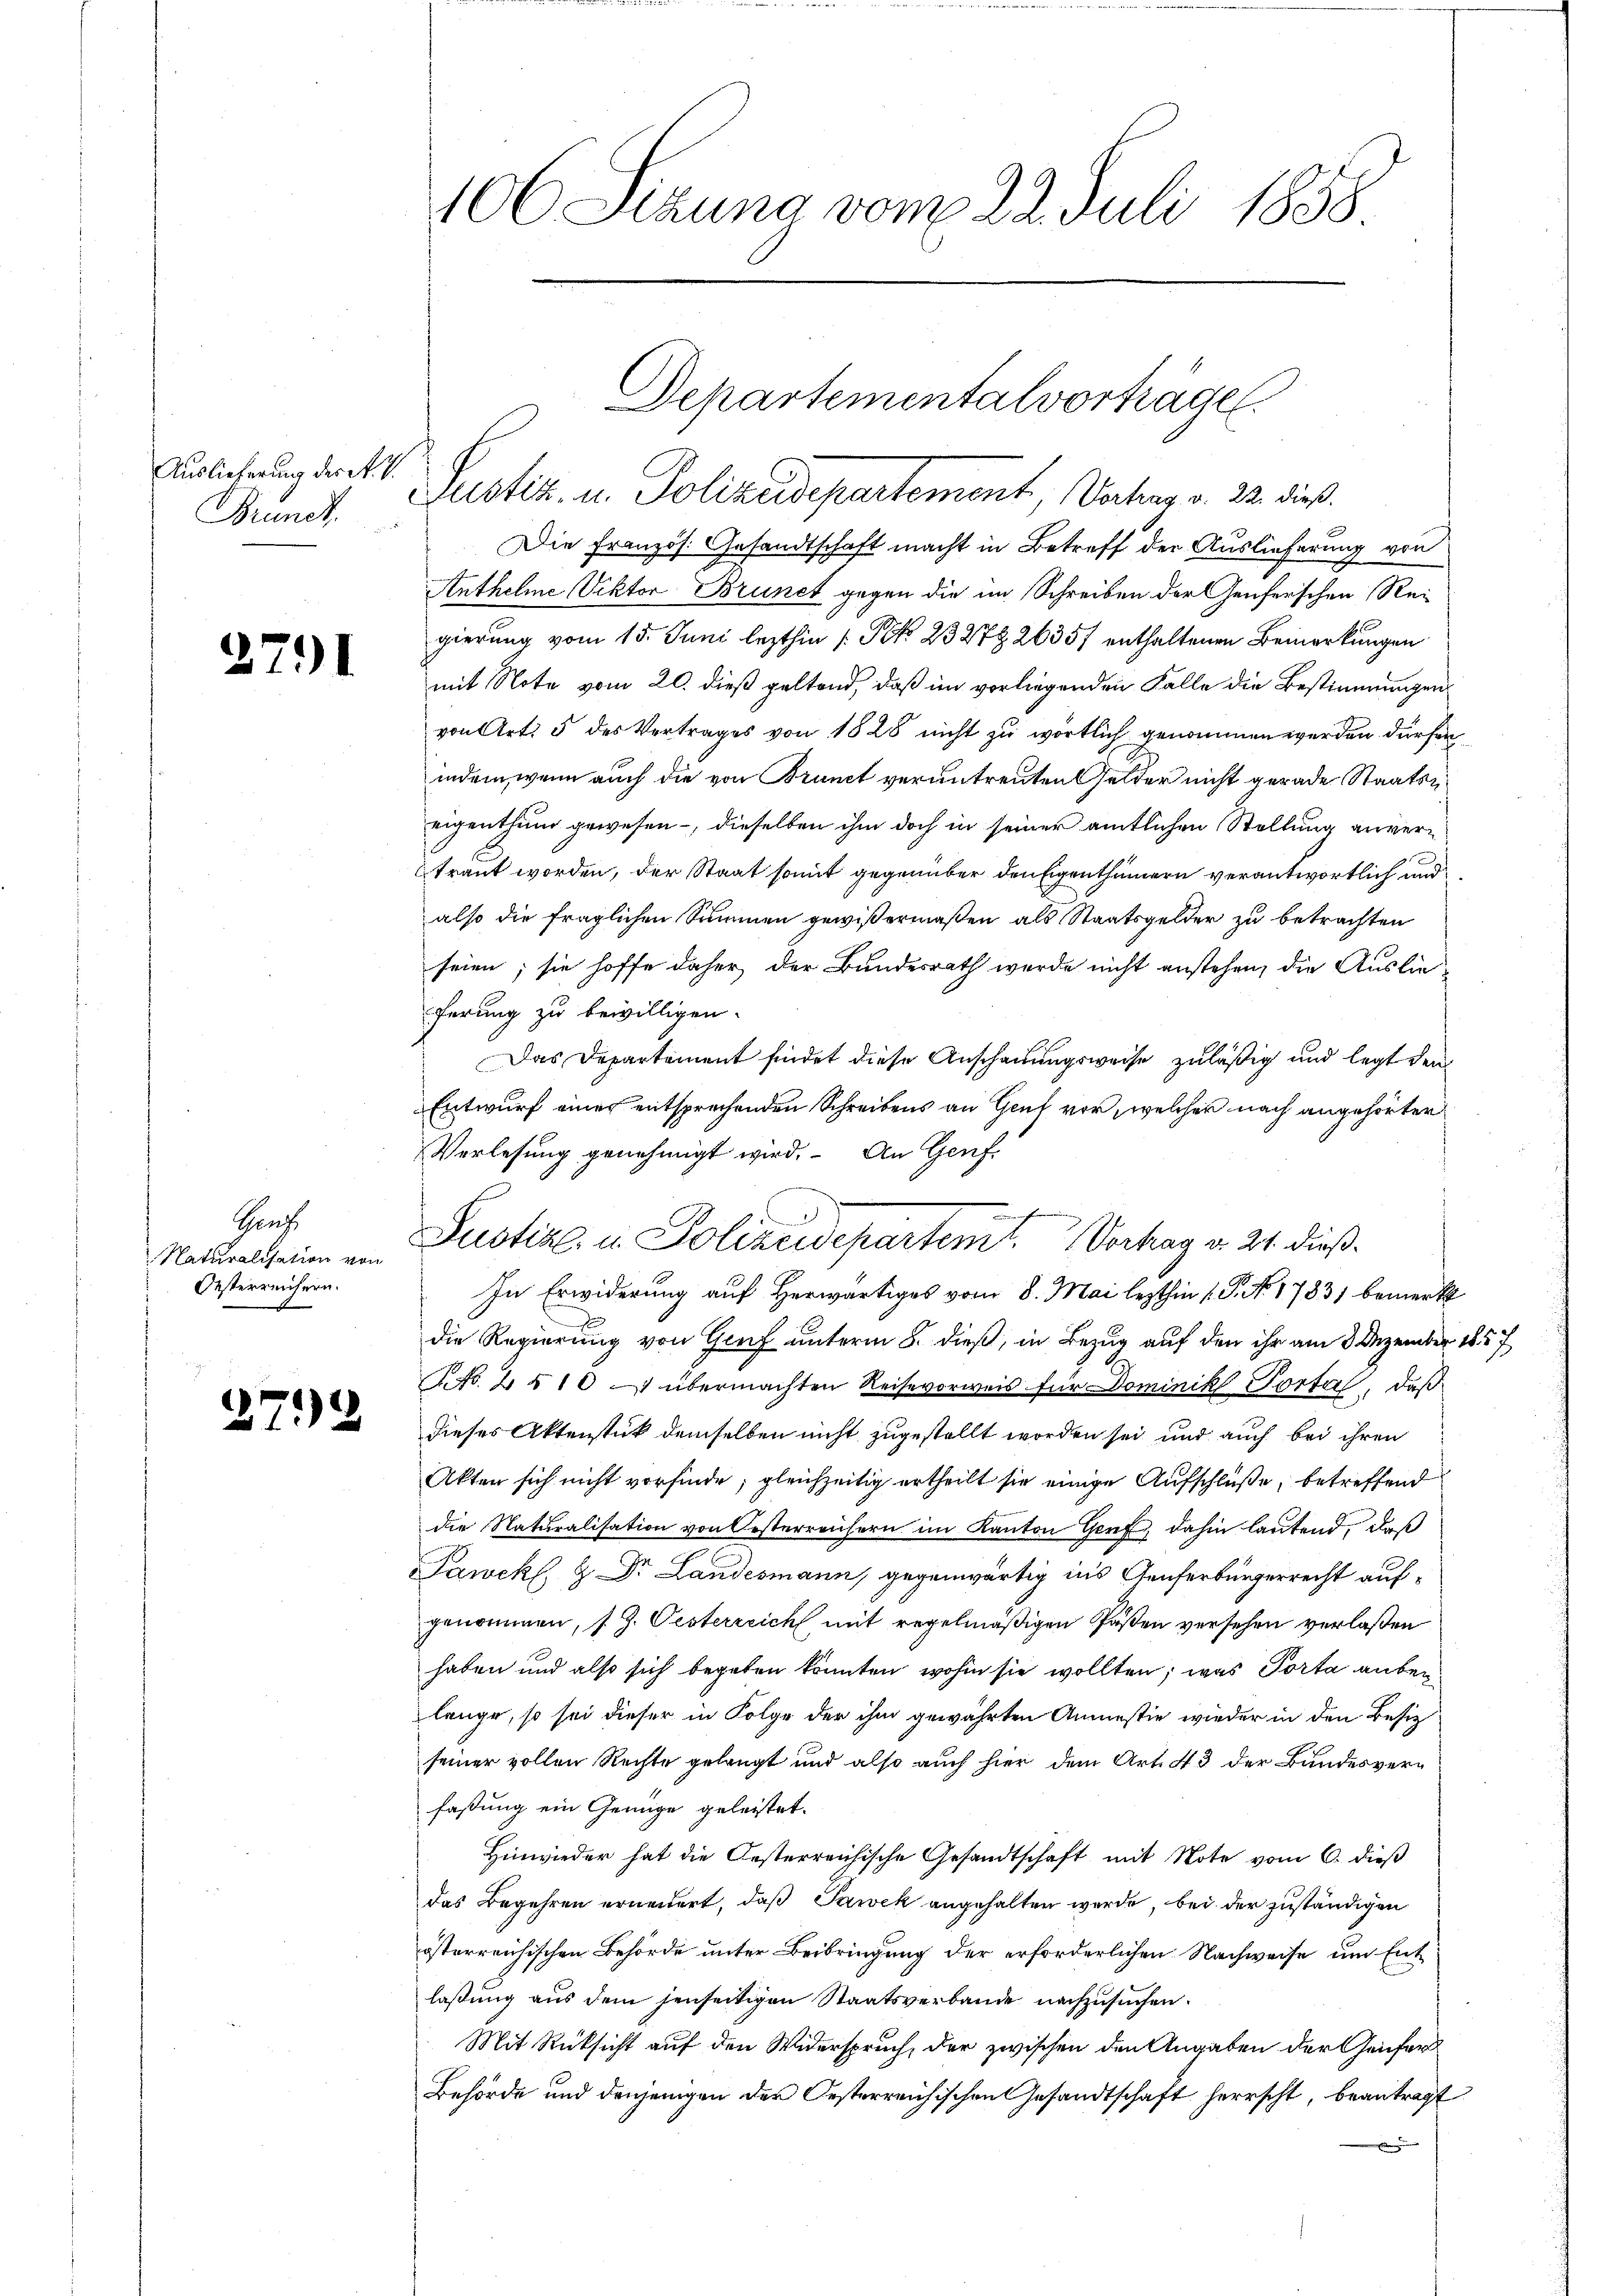
Auslieferung des R. V.
Grundt,

2791

Gruf
Naturalisation von
Oesterreichern.

.

72

106 Sizung vom 22. Juli 1858

Justiz, u. Polizeidepartement, Vater v. 12. dies
Die Französ. Gesandtschaft macht in Betreff der Auslieferung von
Anthelme Viktor Brunct gegen die im Schreiben der Genferschen Rei
gierung vom 15. Juni lezthin /: No 23278 26357 enthaltenen Bemerkungen
mit Note vom 20. dieß geltend, daß im vorliegenden Falle die Bestimmungen
von Art. 5 des Vertrages von 1828 nicht zu wörtlich genommen werden dürfen
indem, wenn auch die von Brunct verantreuten Gelder nicht gerade Staatseigenthum gewesen -, dieselben ihm doch in seiner amtlichen Stellung anvertraut worden, der Staat somit gegenüber den Eigenthümern verantwortlich und
also die fraglichen Summen gewißermaßen als Staatsgelder zu betrachten
seien; sie hoffe daher der Bundesrath wurde nicht anstehen, die Auslieferung zu bewilligen.
Das Departement findet diese Anschauungsweise zuläßig und legt den
Entwurf eines entsprechenden Schreibens an Genf vor, welcher nach angehörter
Verlesung genehmigt wird. An Genf.
Justiz- u. Polizeidepartem Vorhag v. 24. dieß¬
In Erwiderung auf Herwärtiges vom 8. Mai lezthin 1. P. Nr. 17831 bemerkt
die Regierung von Genf unterm 8. dieß, in Bezug auf den ihr am 3 Dezember 1857
.No. 2 § 101 übermachten Reisevorweis für Dominik Tortal, daß
dieses Aktenstück demselben nicht zugestellt worden sei und auch bei ihren
Akten sich nicht vorfinde; gleichzeitig ertheilt sie einige Aufschlüße, betreffend
die Naturalisation von Oesterreichern im Kanton Genf, dahin lautend, daß
Tawekl, & Dr Landesmann, gegenwärtig ins Genferbürgerrecht aufgenommen, s. Z. Oesterreich mit regelmäßigen Päßen versehen verlaßen
haben und also sich begeben könnten, wohin sie wollten; was Porta anber
lange, so sei dieser in Folge der ihm gewährten Anmesie wieder in den Besiz
seiner vollen Rechte gelangt und also auch hier dem Art. 43 der Bundesverfaßung ein Genüge geleistet.
Hinwieder hat die Oesterreichische Gesandtschaft mit Note vom 6. dieß
das Begehren erneuert, daß Pawek angehalten werde, bei der zuständigen
österreichischen Behörde unter Beibringung der erforderlichen Nachweise um Entlaßung aus dem jenseitigen Staatsverbande nachzusuchen.
Mit Rücksicht auf den Widerspruch, der zwischen den Angaben der Genfer
Behörde und denjenigen der Oesterreichischen Gesandtschaft herrscht, beantragt

Departementalvorträge

he